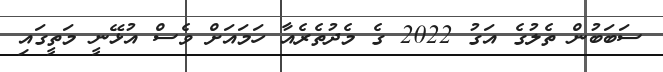
ސަބަބުން ތެލުގެ އަގު 2022 ގެ މެދުތެރެއާ ހަމައަށް ވެސް އުޅޭނީ މަތީގައި